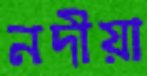
নদীয়া